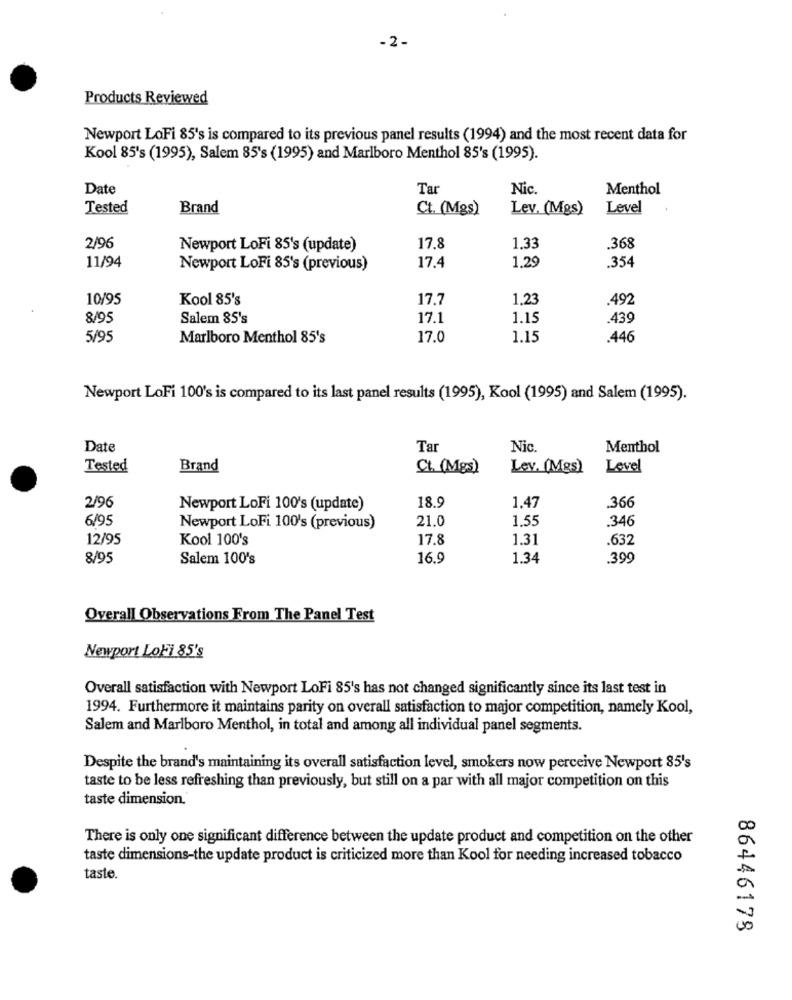
-2-
Products Reviewed
Newport LoFi 85's is compared to its previous panel results (1994) and the most recent data for
Kool 85's (1995), Salem 85's (1995) and Marlboro Menthol 85's (1995).
Date
Tar
Nic.
Menthol
Tested
Brand
Ct. (Mgs)
Lev. (Mgs)
Level
2/96
Newport LoFi 85's (update)
17.8
1.33
.368
1.29
.354
11/94
Newport LoFi 85's (previous)
17.4
10/95
Kool 85's
17.7
1.23
.492
8/95
Salem 85's
17.1
1.15
439
5/95
Marlboro Menthol 85's
17.0
1.15
.446
Newport LoFi 100's is compared to its last panel results (1995), Kool (1995) and Salem (1995).
Date
Tar
Nic.
Menthol
Tested
Brand
Ct. (Mgs)
Lev. (Mgs)
Level
2/96
Newport LoFi 100's (update)
18.9
1.47
.366
6/95
21.0
1,55
.346
Newport LoFi 100's (previous)
12/95
Kool 100's
17.8
1.31
.632
8/95
Salem 100's
16.9
1.34
.399
Overall Observations From The Panel Test
Newport LoFi 85's
Overall satisfaction with Newport LoFi 85's has not changed significantly since its last test in
1994. Furthermore it maintains parity on overall satisfaction to major competition, namely Kool,
Salem and Marlboro Menthol, in total and among all individual panel segments.
Despite the brand's maintaining its overall satisfaction level, smokers now perceive Newport 85's
taste to be less refreshing than previously, but still on a par with all major competition on this
taste dimension.'
There is only one significant difference between the update product and competition on the other
taste dimensions-the update product is criticized more than Kool for needing increased tobacco
taste.
86446178